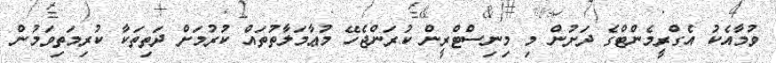
ވުމާއެކު އެގްރީމެންޓްގެ ދަށުން މި މިނިސްޓްރީން ކުރަންޖެހޭ މުޢާމަލާތުތައް ކުރުމަށް ދަތިތަކާ ކުރިމަތިވަމުން